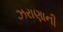
ઝરાણાની